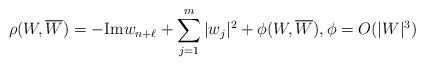
LaTeX: \begin{align*}\rho(W, \overline{W})=-\mathrm{Im}w_{n+\ell} +\sum_{j=1}^{m}|w_{j}|^2 + \phi(W,\overline{W}), \phi=O(|W|^3) \end{align*}